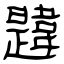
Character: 韙